Scottish Leaving Certificate Examination, 1951
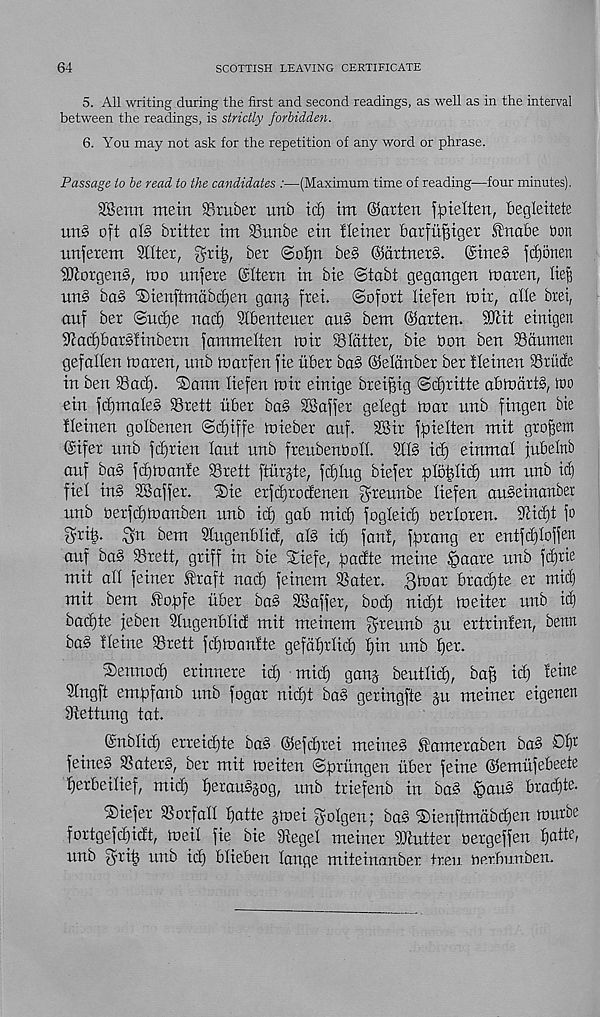
64
SCOTTISH LEAVING CERTIFICATE
5. All writing during the first and second readings, as well as in the interval
between the readings, is strictly forbidden.
6. You may not ask for the repetition of any word or phrase.
Passage to be read to the candidates :—(Maximum time of reading—four minutes).
2Bertn mein Gruber unb id) im (Marten faielten, begleitete
un3 oft at§ britter im Sunbe ein tleiner batfuffiget Stnabe bon
unferem Sitter, gri|, ber ©ot)n be§ @artnex§. @ine§ \d)bmn
SJtorgen§, mo unfete @ltern in bie @tabt gegangen maren, lie^
un§ ba§ SDienftmabcfien gang frei. ©ofoxt liefen mix, alle bxei,
anf bex ©udje nacl) Slbentenex au§ bem ©axten. SKit einigen
Stac£)bax§tinbexn fammelten mix Slatter, bie bon ben SSaumen
gefalien maxen, unb maxfen fie iiber ba§ ©elanbex bex tleinen SSxiide
in ben Sacl). iSann liefen mix einige brei^ig ©dfxitte abmcixtS, mo
ein fd)maleg SSxett liber ba§ SBaffex gelegt max unb fingen bie
fleinen golbenen <Scl)iffe miebex auf. 2Bix fpielten mit gxo^em
@ifex unb fdfxien laut unb fxeubenboll. Sll§ id) einmat fubetnb
auf ba§ fdfmanle SSrett ftiixgte, fdjlug biefex plb|litf) um unb ic^
fiel in§ SSaffex. ®ie exfd)xotfenen f^xeunbe liefen au§einanber
unb bexfdjmanben unb id) gab mid) fogleid) bexloxen. SHd)t fo
gxi^. §n bem Slugenblid, al§ id) fan!, fpxang ex entfd)Ioffen
auf ba§ IBxett, griff in bie Stiefe, padte meine §aaxe unb fd)xie
mit all feinex traft nad) feinem SSatex. 3max bxad)te ex mid)
mit bem SBopfe iibex ba§ SBaffex, bod) ni(^t meitex unb id)
badfte feben Slugenblid mit meinem gdetmb gu extrinfen, berm
ba§ Heine SSxett fd)manlte gefdtjxlid) l)in unb fjex.
Slennod) erinnexe id) mid) gang beutlid), ba§ id) teine
Slngft empfanb unb fogar nid)t ba§ gexingfte gu meiner eigenen
ftettung tat.
©nblid) erxeidjte ba§ ©eftpxei meine§ £amexaben ba§ Ol) 1 ' -
feine§ SSatexS, ber mit meiten ©priingen tibex feiue ©emtifebeete
^exbeiltef, mid) ^erau§gog, unb triefenb in ba§ §au§ bxd|te.
®iefex SS or fall ^atte gmei golgen; ba§ ®ienftmabd)en murbe
foxtgefd)idt, meil fie bie Siegel meiner SJiuttex Oergeffen ^atte,
unb f^xip unb id) blieben lange miteinanber txeu nerbunben.